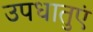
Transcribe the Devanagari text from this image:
उपधातुएं